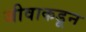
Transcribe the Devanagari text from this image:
जीवाकडून